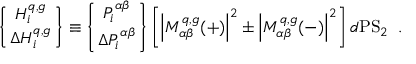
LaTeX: \left\{ H _ { i } ^ { q , g } \atop \Delta H _ { i } ^ { q , g } \right\} \equiv \left\{ P _ { i } ^ { \alpha \beta } \atop \Delta P _ { i } ^ { \alpha \beta } \right\} \left[ \left| { \cal { M } } _ { \alpha \beta } ^ { q , g } ( + ) \right| ^ { 2 } \pm \left| { \cal { M } } _ { \alpha \beta } ^ { q , g } ( - ) \right| ^ { 2 } \right] d { \mathrm { P S } } _ { 2 } \; \; .